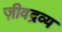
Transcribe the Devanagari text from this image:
ज़ीवद्रव्य